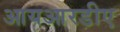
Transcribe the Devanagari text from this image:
आयआरडीए